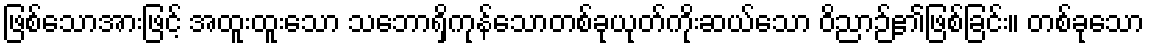
ဖြစ်သောအားဖြင့် အထူးထူးသော သဘောရှိကုန်သောတစ်ခုယုတ်ကိုးဆယ်သော ဝိညာဉ်၏ဖြစ်ခြင်း။ တစ်ခုသော